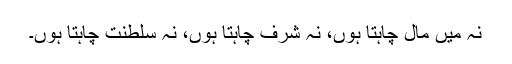
نہ مَیں مال چاہتا ہوں، نہ شرف چاہتا ہوں، نہ سلطنت چاہتا ہوں۔